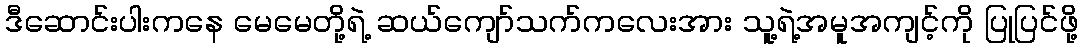
ဒီဆောင်းပါးကနေ မေမေတို့ရဲ့ ဆယ်ကျော်သက်ကလေးအား သူ့ရဲ့အမူအကျင့်ကို ပြုပြင်ဖို့